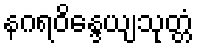
နဂရဝိန္ဒေယျသုတ္တံ